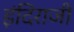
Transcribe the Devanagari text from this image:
इंदिराजी